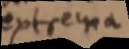
extrema